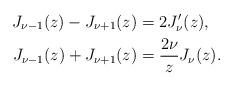
LaTeX: \begin{align*}J_{\nu-1}(z)-J_{\nu+1}(z)&=2 J'_\nu(z),\\J_{\nu-1}(z)+J_{\nu+1}(z)&=\frac{2\nu}{z} J_\nu(z).\end{align*}